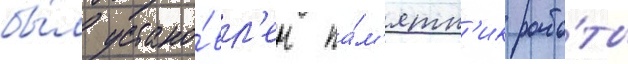
бы́л устано́вл'ен па́м'ятн'ик рабо́ты